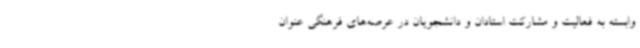
وابسته به فعالیت و مشارکت استادان و دانشجویان در عرصه‌های فرهنگی عنوان